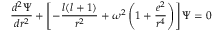
\frac { d ^ { 2 } \Psi } { d r ^ { 2 } } + \left[ - \frac { l ( l + 1 ) } { r ^ { 2 } } + \omega ^ { 2 } \left( 1 + \frac { e ^ { 2 } } { r ^ { 4 } } \right) \right] \Psi = 0